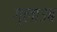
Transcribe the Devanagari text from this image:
ग्लाउब